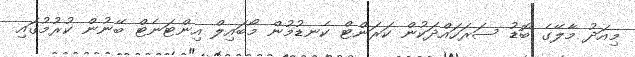
މިއަދު މާލޭގެ ބޮޑު ސަރަހައްދަކުން ކަރަންޓް ކެނޑުމުން މޯބައިލް އިންޓަނެޓް ބޭނުން ކުރުމުގައި